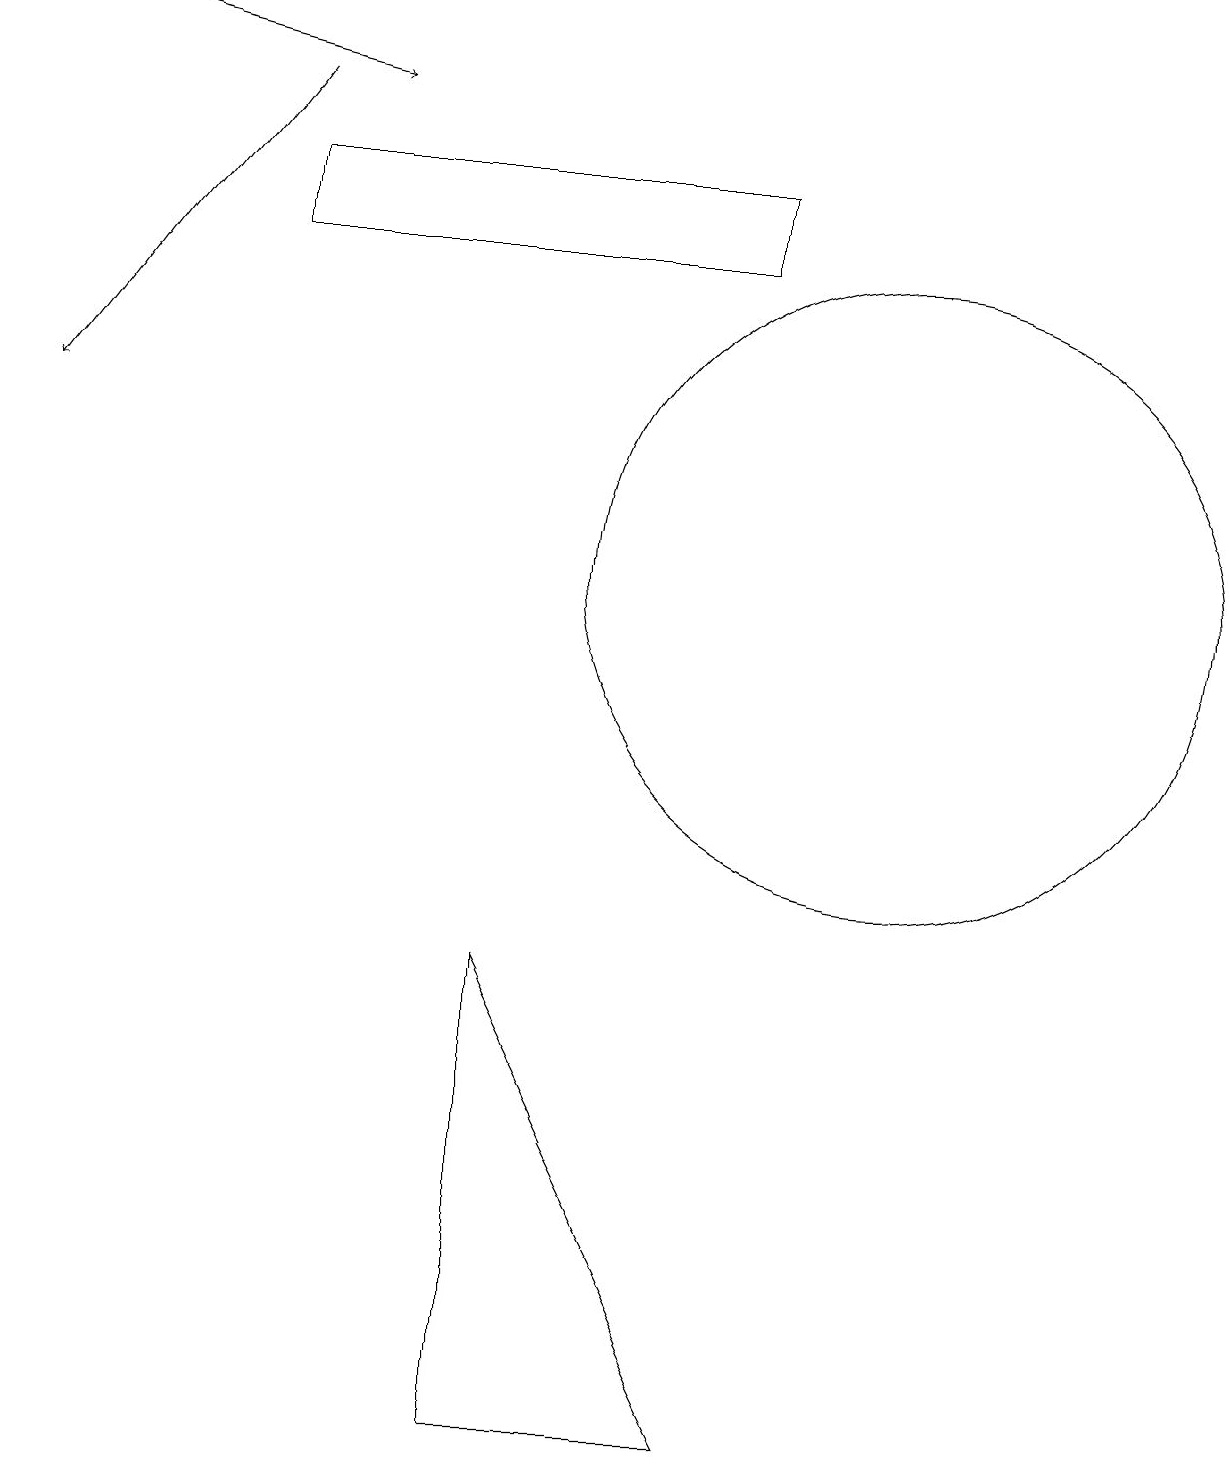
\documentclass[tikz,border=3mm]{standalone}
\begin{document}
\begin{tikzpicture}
\draw[->] (0,18) -- (4,17);
\draw (11,11) circle (4);
\draw (6,0) -- (9,0) -- (6,6) -- cycle;
\draw (3,16) rectangle (9,15);
\draw[->] (3,17) -- (0,13);
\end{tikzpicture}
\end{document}